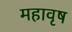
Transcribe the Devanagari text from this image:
महावृष